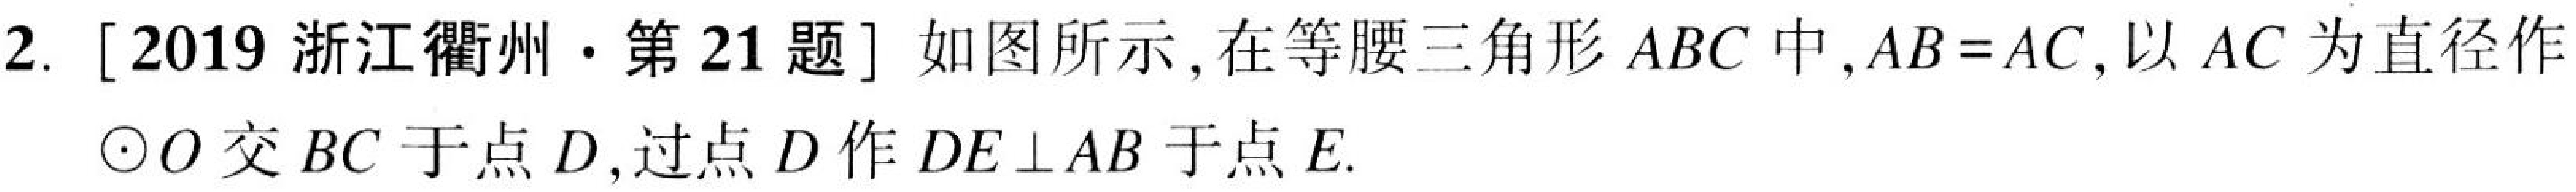
2. [2019 浙江衢州·第21题] 如图所示,在等腰三角形\(ABC\)中,\(AB = AC\),以\(AC\)为直径作\(\odot O\)交\(BC\)于点\(D\),过点\(D\)作\(DE\perp AB\)于点\(E\).